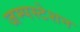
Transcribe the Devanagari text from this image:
जम्पस्टेशन